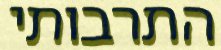
התרבותי